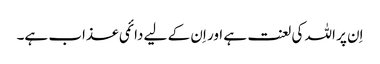
اِن پر اللہ کی لعنت ہے اور اِن کے لیے دائمی عذاب ہے۔